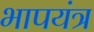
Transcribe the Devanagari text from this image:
भापयंत्र